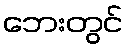
ဘေးတွင်